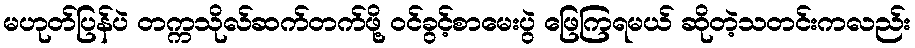
မဟုတ်ပြန်ပဲ တက္ကသိုလ်ဆက်တက်ဖို့ ဝင်ခွင့်စာမေးပွဲ ဖြေကြရမယ် ဆိုတဲ့သတင်းကလည်း